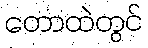
တောထဲတွင်